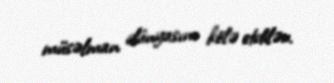
müsəlman dünyasını kölə etdilər.